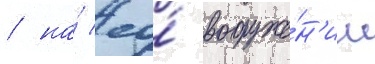
/ на́ ео́ вооруже́н'ии